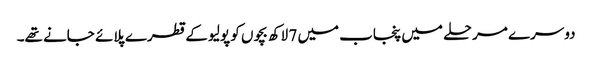
دوسرے مرحلے میں پنجاب میں 7 لاکھ بچوں کو پولیو کے قطرے پلائے جانے تھے۔